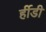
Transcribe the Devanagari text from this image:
र्हीडी